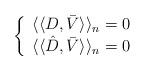
LaTeX: \begin{align*}\left\{\begin{array}{c}\langle\langle D, \bar{V} \rangle\rangle_n=0\\\langle\langle \hat{D}, \bar{V} \rangle\rangle_{n}=0\end{array}\right.\end{align*}